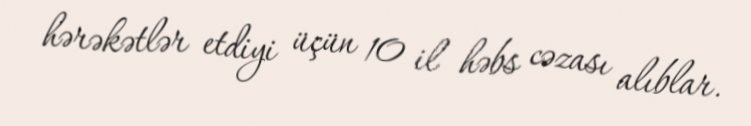
hərəkətlər etdiyi üçün 10 il həbs cəzası alıblar.